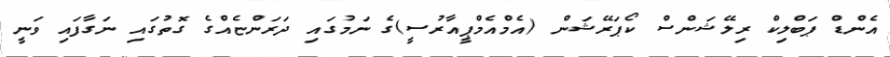
އެންޑް ޕަބްލިކް ރިލޭޝަންސް ކޯޕަރޭޝަން (އެމްއެމްޕީއާރުސީ)ގެ ނަމުގައި ދަރަންޏެއްގެ ގޮތުގައި ނަގާފައި ވަނީ